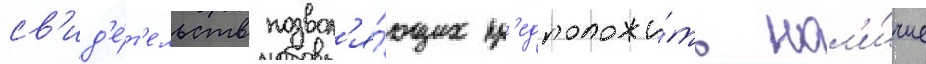
св'ид'е́т'ельств позвол'я́ющих пр'едположи́ть нал'и́чие